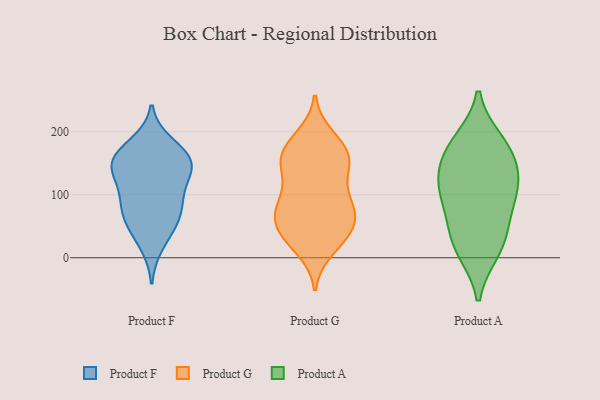
{"axis": {"x": "Churn Rate (%)", "y": "Value"}, "legend": ["Product A", "Product F", "Product G"], "data": [{"x": "", "y": 160, "type": "Product F"}, {"x": "", "y": 56, "type": "Product F"}, {"x": "", "y": 144, "type": "Product F"}, {"x": "", "y": 144, "type": "Product F"}, {"x": "", "y": 126, "type": "Product F"}, {"x": "", "y": 49, "type": "Product F"}, {"x": "", "y": 168, "type": "Product F"}, {"x": "", "y": 20, "type": "Product F"}, {"x": "", "y": 90, "type": "Product F"}, {"x": "", "y": 70, "type": "Product F"}, {"x": "", "y": 181, "type": "Product F"}, {"x": "", "y": 145, "type": "Product F"}, {"x": "", "y": 104, "type": "Product F"}, {"x": "", "y": 154, "type": "Product F"}, {"x": "", "y": 82, "type": "Product F"}, {"x": "", "y": 163, "type": "Product G"}, {"x": "", "y": 159, "type": "Product G"}, {"x": "", "y": 34, "type": "Product G"}, {"x": "", "y": 93, "type": "Product G"}, {"x": "", "y": 191, "type": "Product G"}, {"x": "", "y": 34, "type": "Product G"}, {"x": "", "y": 170, "type": "Product G"}, {"x": "", "y": 137, "type": "Product G"}, {"x": "", "y": 73, "type": "Product G"}, {"x": "", "y": 64, "type": "Product G"}, {"x": "", "y": 142, "type": "Product G"}, {"x": "", "y": 49, "type": "Product G"}, {"x": "", "y": 177, "type": "Product G"}, {"x": "", "y": 38, "type": "Product G"}, {"x": "", "y": 84, "type": "Product G"}, {"x": "", "y": 73, "type": "Product G"}, {"x": "", "y": 87, "type": "Product G"}, {"x": "", "y": 145, "type": "Product G"}, {"x": "", "y": 15, "type": "Product G"}, {"x": "", "y": 110, "type": "Product A"}, {"x": "", "y": 102, "type": "Product A"}, {"x": "", "y": 11, "type": "Product A"}, {"x": "", "y": 59, "type": "Product A"}, {"x": "", "y": 185, "type": "Product A"}, {"x": "", "y": 133, "type": "Product A"}, {"x": "", "y": 40, "type": "Product A"}, {"x": "", "y": 137, "type": "Product A"}, {"x": "", "y": 176, "type": "Product A"}, {"x": "", "y": 14, "type": "Product A"}, {"x": "", "y": 97, "type": "Product A"}, {"x": "", "y": 171, "type": "Product A"}]}